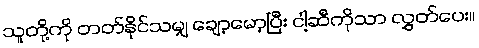
သူတို့ကို တတ်နိုင်သမျှ ချော့မော့ပြီး ငါ့ဆီကိုသာ လွှတ်ပေး။